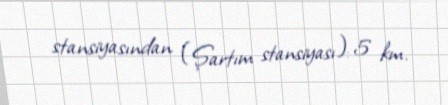
stansiyasından (Şartım stansiyası): 5 km.